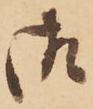
御